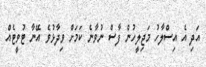
އަދި އެ އިސްލާހު މަޖިލީހުން ފާސް ނުވާނެ ކަމަށް ވިދާޅުވެ އޭނާ ޓުވީޓެއް